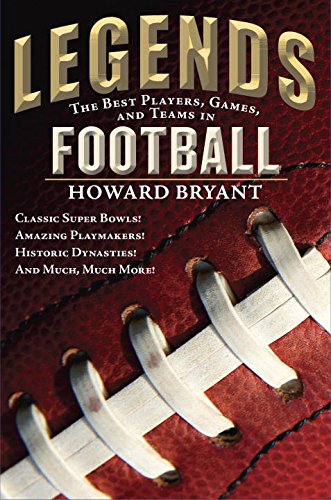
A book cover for Legends: the Best Players, Games, and Teams in Football; Howard Bryant; Children's Books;